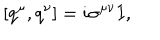
LaTeX: [ q ^ { \mu } , q ^ { \nu } ] = i \sigma ^ { \mu \nu } I ,